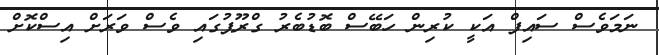
ނަމަވެސް ސައިފް އަކީ ކުރިން ހަބޭސް ބޮޑުބެރު ގްރޫޕުގައި ވެސް ވަރަށް އިސްކޮށް